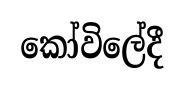
කෝවිලේදී